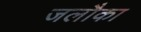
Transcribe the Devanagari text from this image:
जलौका